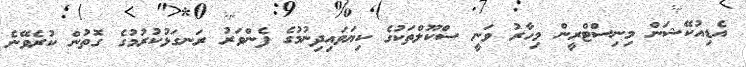
އެޑިއުކޭޝަން މިނިސްޓްރީން މިހާރު ވަނީ ސްކޫލްތަކުގެ ކިޔަވައިދިނުމުގެ ފެންވަރު ރަނގަޅުކުރުމުގެ ގޮތުން ކުރެވޭނެ